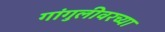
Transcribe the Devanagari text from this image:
गांगुलीवरच्या